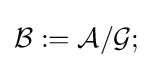
{\mathcal {B}}:={\mathcal {A}}/{\mathcal {G}};